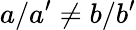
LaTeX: a/a^{\prime}\ne b/b^{\prime}